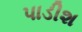
પાડીશ